Vital statistics of India. Vol. IV, Annual returns from 1871 to 1876. British Army of India, Native Army and jails of Bengal
Year: 1871
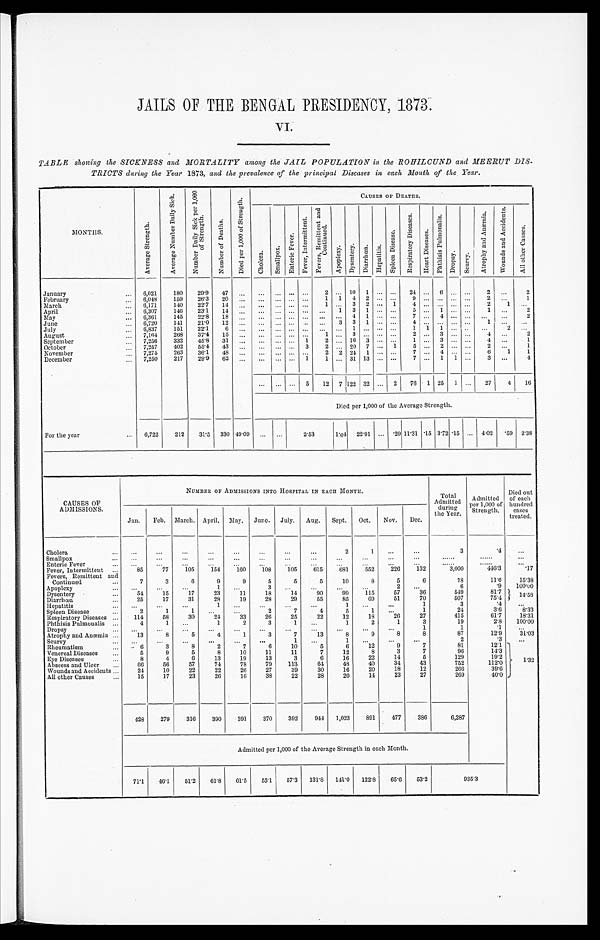
JAILS OF THE BENGAL PRESIDENCY, 1873.
VI.
TABLE showing the SICKNESS and MORTALITY among the JAIL POPULATION in the ROHILCUND and MEERUT DIS.
TRICTS during the Year 1873, and the prevalence of the principal Diseases in each Month of the, Year.
MO N T H S .
A v e r a g e S t r e n g t h .
A v e r a g e N u m b e r D a i l y S i c k .
N u m b e r D a i l y S i c k p e r 1 , 0 0 0 o f S t r e n g t h .
N u m b e r o f D e a t h s .
D i e d p e r 1 , 0 0 0 o f S t r e n g t h .
CAUSES OF DEATHS.
C h o l e r a .
S m a l l p o x .
E n t e r i c F e v e r .
F e v e r , I n t e r m i t t e n t .
F e v e r , R e m i t t e n t a n d C o n t i n u e d .
Apopl e xy.
D y s e n t e r y . D i a r r h œ a .
H e p a t i t i s .
S p l e e n Di s e a s e .
R e s p i r a t o r y D i s e a s e s .
H e a r t D i s e a s e s .
P h t h i s i s P u l m o n a l i s .
Dr ops y.
S c u r v y .
A t r o p h y a n d A n æ m i a .
W o u n d s a n d A c c i d e n t s .
A l l o t h e r C a u s e s .
January ...
6,021
180
29.9
47
. . .
... ...
. . .
. . .
2
...
1 0
1
. . .
. . .
2 4
. . .
6
...
. . .
2
. . .
2
February ...
6,048
159
26.3
20
. . .
... ...
. . .
. . .
1
1
4
2
. . . ...
9
. . .
... ... ...
2
. . .
1
March ...
6,171
140
22.7
14
. . .
... ...
. . .
. . .
1 ...
3
2
. . . 1
4
. . . ... ... ...
2
1
...
April ...
6,307
146
23.1
14
. . .
... ...
. . .
. . .
. . .
1
3
1
. . . ...
5
. . .
1
... ...
1
. . .
2
May ...
6,361
1 4 5
22.8
1 8
. . .
... ...
. . .
. . .
. . .
...
4
1
. . .
...
7
. . .
4
... ...
. . .
. . . 2
June ...
6,720
141
21.0
12
. . .
... ...
. . .
. . .
. . .
3
3
1
. . . ...
4
. . .
... ... ...
1
. . .
...
July ...
6,837
151
22.1
6
. . .
... ...
. . .
. . .
. . . ...
1
. . .
. . .
...
1
1
1 ... ...
...
2
. . .
August ...
7,164
268
37.4
15
. . .
... ...
. . .
. . .
1 ...
3
. . .
. . .
...
2
. . .
3
... ...
4
. . .
2
September ...
7,256
332
45.8
31
. . .
... ...
. . .
1
2 ... 16
3
. . . ...
1
. . .
3
... ...
4
. . . 1
October ...
7,257
402
55.4
43
. . .
... ...
. . .
3
2 ... 20
7
. . . 1
5
. . . 2 ... ...
2
. . . 1
November ...
7,275
263
36.1
48
. . .
... ...
. . .
. . .
2 2
24
1
. . . ...
7
. . .
4
... ...
6
1
1
December ...
7,250
217
29.9
62
. . .
... ...
. . .
1
1 ... 31 13
. . . ...
7
. . . 1
1 ...
3
. . .
4
... ...
. . .
5
12
7
122 32
. . . 2
76
1 25 1 ...
27
4
16
Died per 1,000 of the Average Strength.
For the year ...
6,722
212
31.5
330 49.09
... ...
2.53
1.04 22.91
. . . .29 11.31 .15 3.72 .15 ...
4.02
.59 2.38
CAUSES OF
ADMISSIONS.
NUMBER OF ADMISSIONS INTO HOSPITAL IN EACH MONTH.
Total
Admitted
during
the year.
Admitted
per 1,000 of
Strength.
Died out
of each
hundred
cases
treated.
Jan.
Feb. March. April. May.
June.
July.
Aug.
Sept.
Oct.
Nov.
Dec.
Cholera ...
. . .
. . .
. . .
. . .
. . .
. . .
. . .
. . .
2
1
. . .
. . .
3
.4
. . .
Smallpox ...
. . .
. . .
. . .
. . .
. . .
. . .
. . .
. . .
. . .
. . .
. . .
. . .
. . .
. . .
...
Enteric Fever ...
. . .
. . .
. . .
. . .
. . .
. . .
. . .
. . .
. . .
. . .
. . .
. . .
. . .
. . .
. . .
Fever, Intermittent ...
85
77
105
154
160
108
105
615
681
552
226
132
3,000
446.3
.17
Fevers, Remittent and
Continued ...
7
3
6
9
9
5
5
5
10
8
5
6
78
11.6
15.38
Apoplexy ...
. . .
. . .
. . .
1
. . .
3
. . .
. . .
. . .
. . .
2
. . .
6
. 9
100.00
Dysentery ...
54
15
17
23
11
18
14
90
99
115
57
36
5 4 9
8 1 . 7
14.58
Diarrhœa ...
25
17
31
28
19
28
29
55
85
69
51
70
507
75.4
Hepatitis ...
. . .
. . .
. . .
1
. . .
. . .
. . .
. . .
1
. . .
. . .
1
3
. 4
Spleen Disease ...
2
1
1
. . .
. . .
2
7
4
5
1
. . .
1
2 4
3 . 6
8 . 3 3
Respiratory Diseases ...
114
58
30
24
33
26
25
22
12
18
26
27
415
61.7
18.31
Phthisis Pulmoualis ...
4
1
. . .
1
2
3
1
. . .
1
2
1
3
19
2.8
100.00
Dropsy ...
. . .
. . .
. . .
. . .
. . .
. . .
. . .
. . .
. . .
. . .
. . .
1
1
.1
. . .
Atrophy and Anæmia ...
13
8
5
4
1
3
7
13
8
9
8
8
8 7
12.9
31.03
Scurvy ...
. . .
. . .
. . .
. . .
. . .
. . .
1
. . .
1
. . .
. . .
. . .
2
. 3
. . .
Rheumatism ...
. 6
3
8
2
7
6
10
5
6
12
9
7
81
12.1
1.32
Venereal Diseases ...
5
9
5
8
10
11
11
7
12
8
3
7
96
14.3
Eye Diseases ...
8
4
6
13
19
13
3
6
16
22
14
5
129
19.2
Abscess and Ulcer ...
66
56
57
74
78
79
113
64
48
40
34
43
752
112.0
Wounds and Accidents ...
24
10
22
22
26
27
39
30
16
20
18
12
266
39.6
All other Causes ...
15
17
23
26
16
38
22
28
20
14
23
27
269
40.0
428
279
316
390
391
370
392
944
1,023
891
477
386
6,287
Admitted per 1,000 of the Average Strength in each Month.
71.1
46.1
51.2
61.8
61.5
55.1
57.3
131.8
141.0
122.8
65.6
53.2
935.3